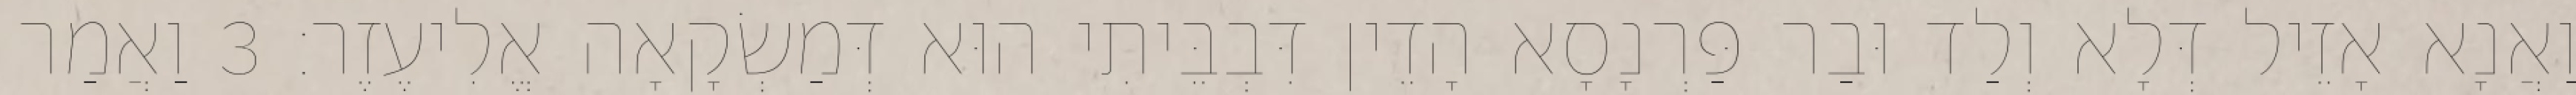
וַאֲנָא אָזֵיל דְּלָא וְלַד וּבַר פַּרְנָסָא הָדֵין דִּבְבֵּיתִי הוּא דְּמַשְׂקָאָה אֱלִיעֶזֶר׃ 3 וַאֲמַר